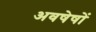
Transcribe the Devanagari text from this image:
अवषेषों